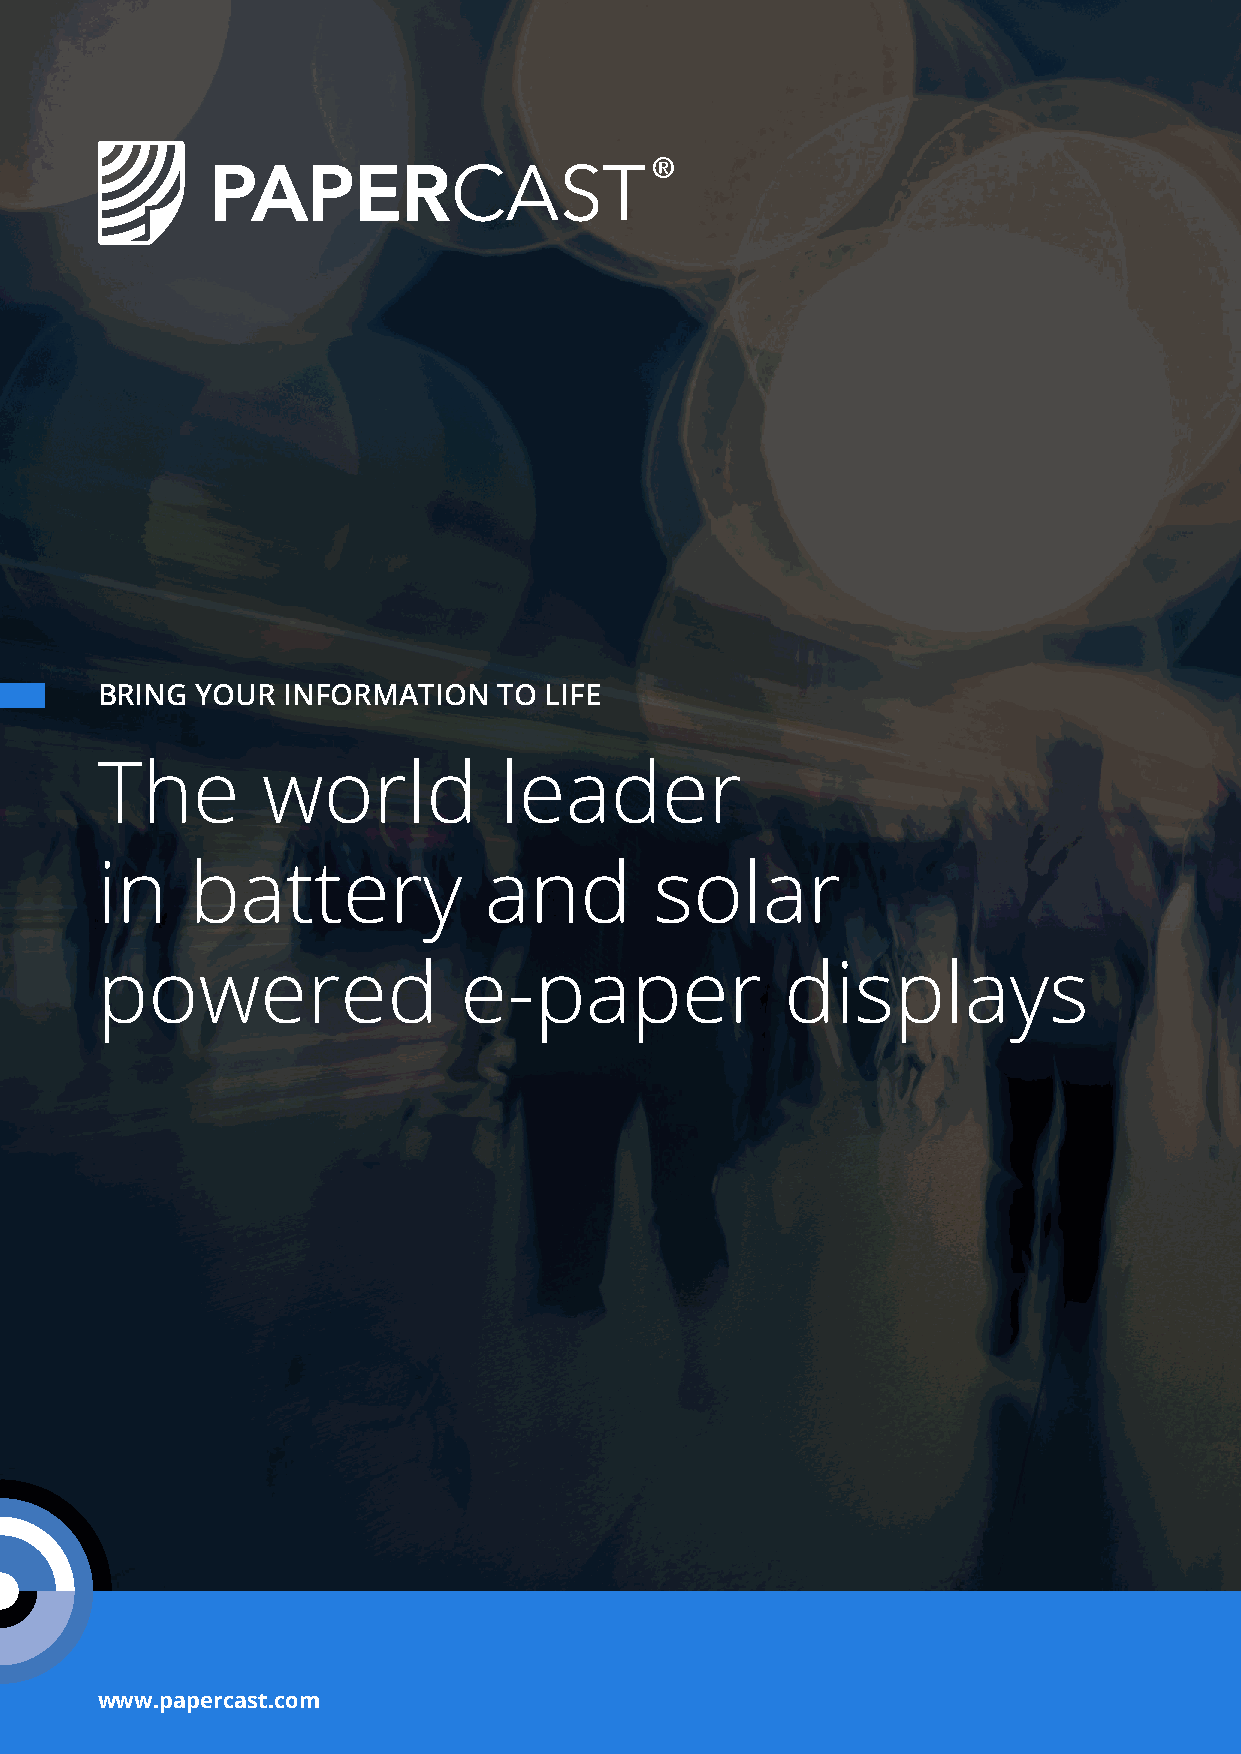
BRING  YOUR  INFORMATION   TO LIFE
 The        world           leader
 in     battery            and        solar
 powered                 e-paper               displays
 www.papercast.com